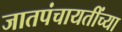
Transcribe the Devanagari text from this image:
जातपंचायतींच्या